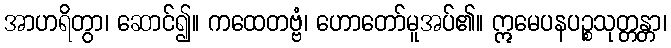
အာဟရိတွာ၊ ဆောင်၍။ ကထေတဗ္ဗံ၊ ဟောတော်မူအပ်၏။ ဣမေပနပဉ္စသုတ္တန္တာ၊